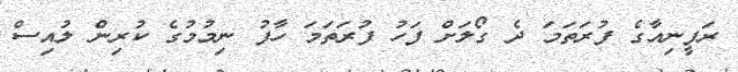
ރަފީނިއާގެ ފުރަތަމަ ދެ ގޯލަށް ފަހު ފުރަތަމަ ހާފު ނިމުމުގެ ކުރިން ލުއިސް